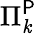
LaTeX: \Pi_{\mathit{k}}^{\mathsf{{P}}}